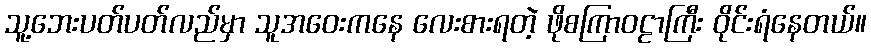
သူ့ဘေးပတ်ပတ်လည်မှာ သူအဝေးကနေ လေးစားရတဲ့ ဖိုစကြာဝဠာကြီး ဝိုင်းရံနေတယ်။